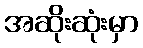
အဆိုးဆုံးမှာ